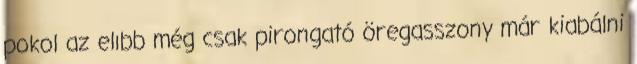
pokol az elıbb még csak pirongató öregasszony már kiabálni